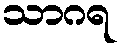
သာဂရ